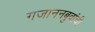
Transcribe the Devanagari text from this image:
गजाननबुवांची